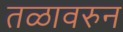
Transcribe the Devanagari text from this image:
तळावरुन